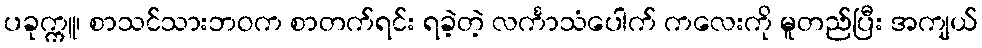
ပခုက္ကူ၊ စာသင်သားဘဝက စာတက်ရင်း ရခဲ့တဲ့ လင်္ကာသံပေါက် ကလေးကို မူတည်ပြီး အကျယ်